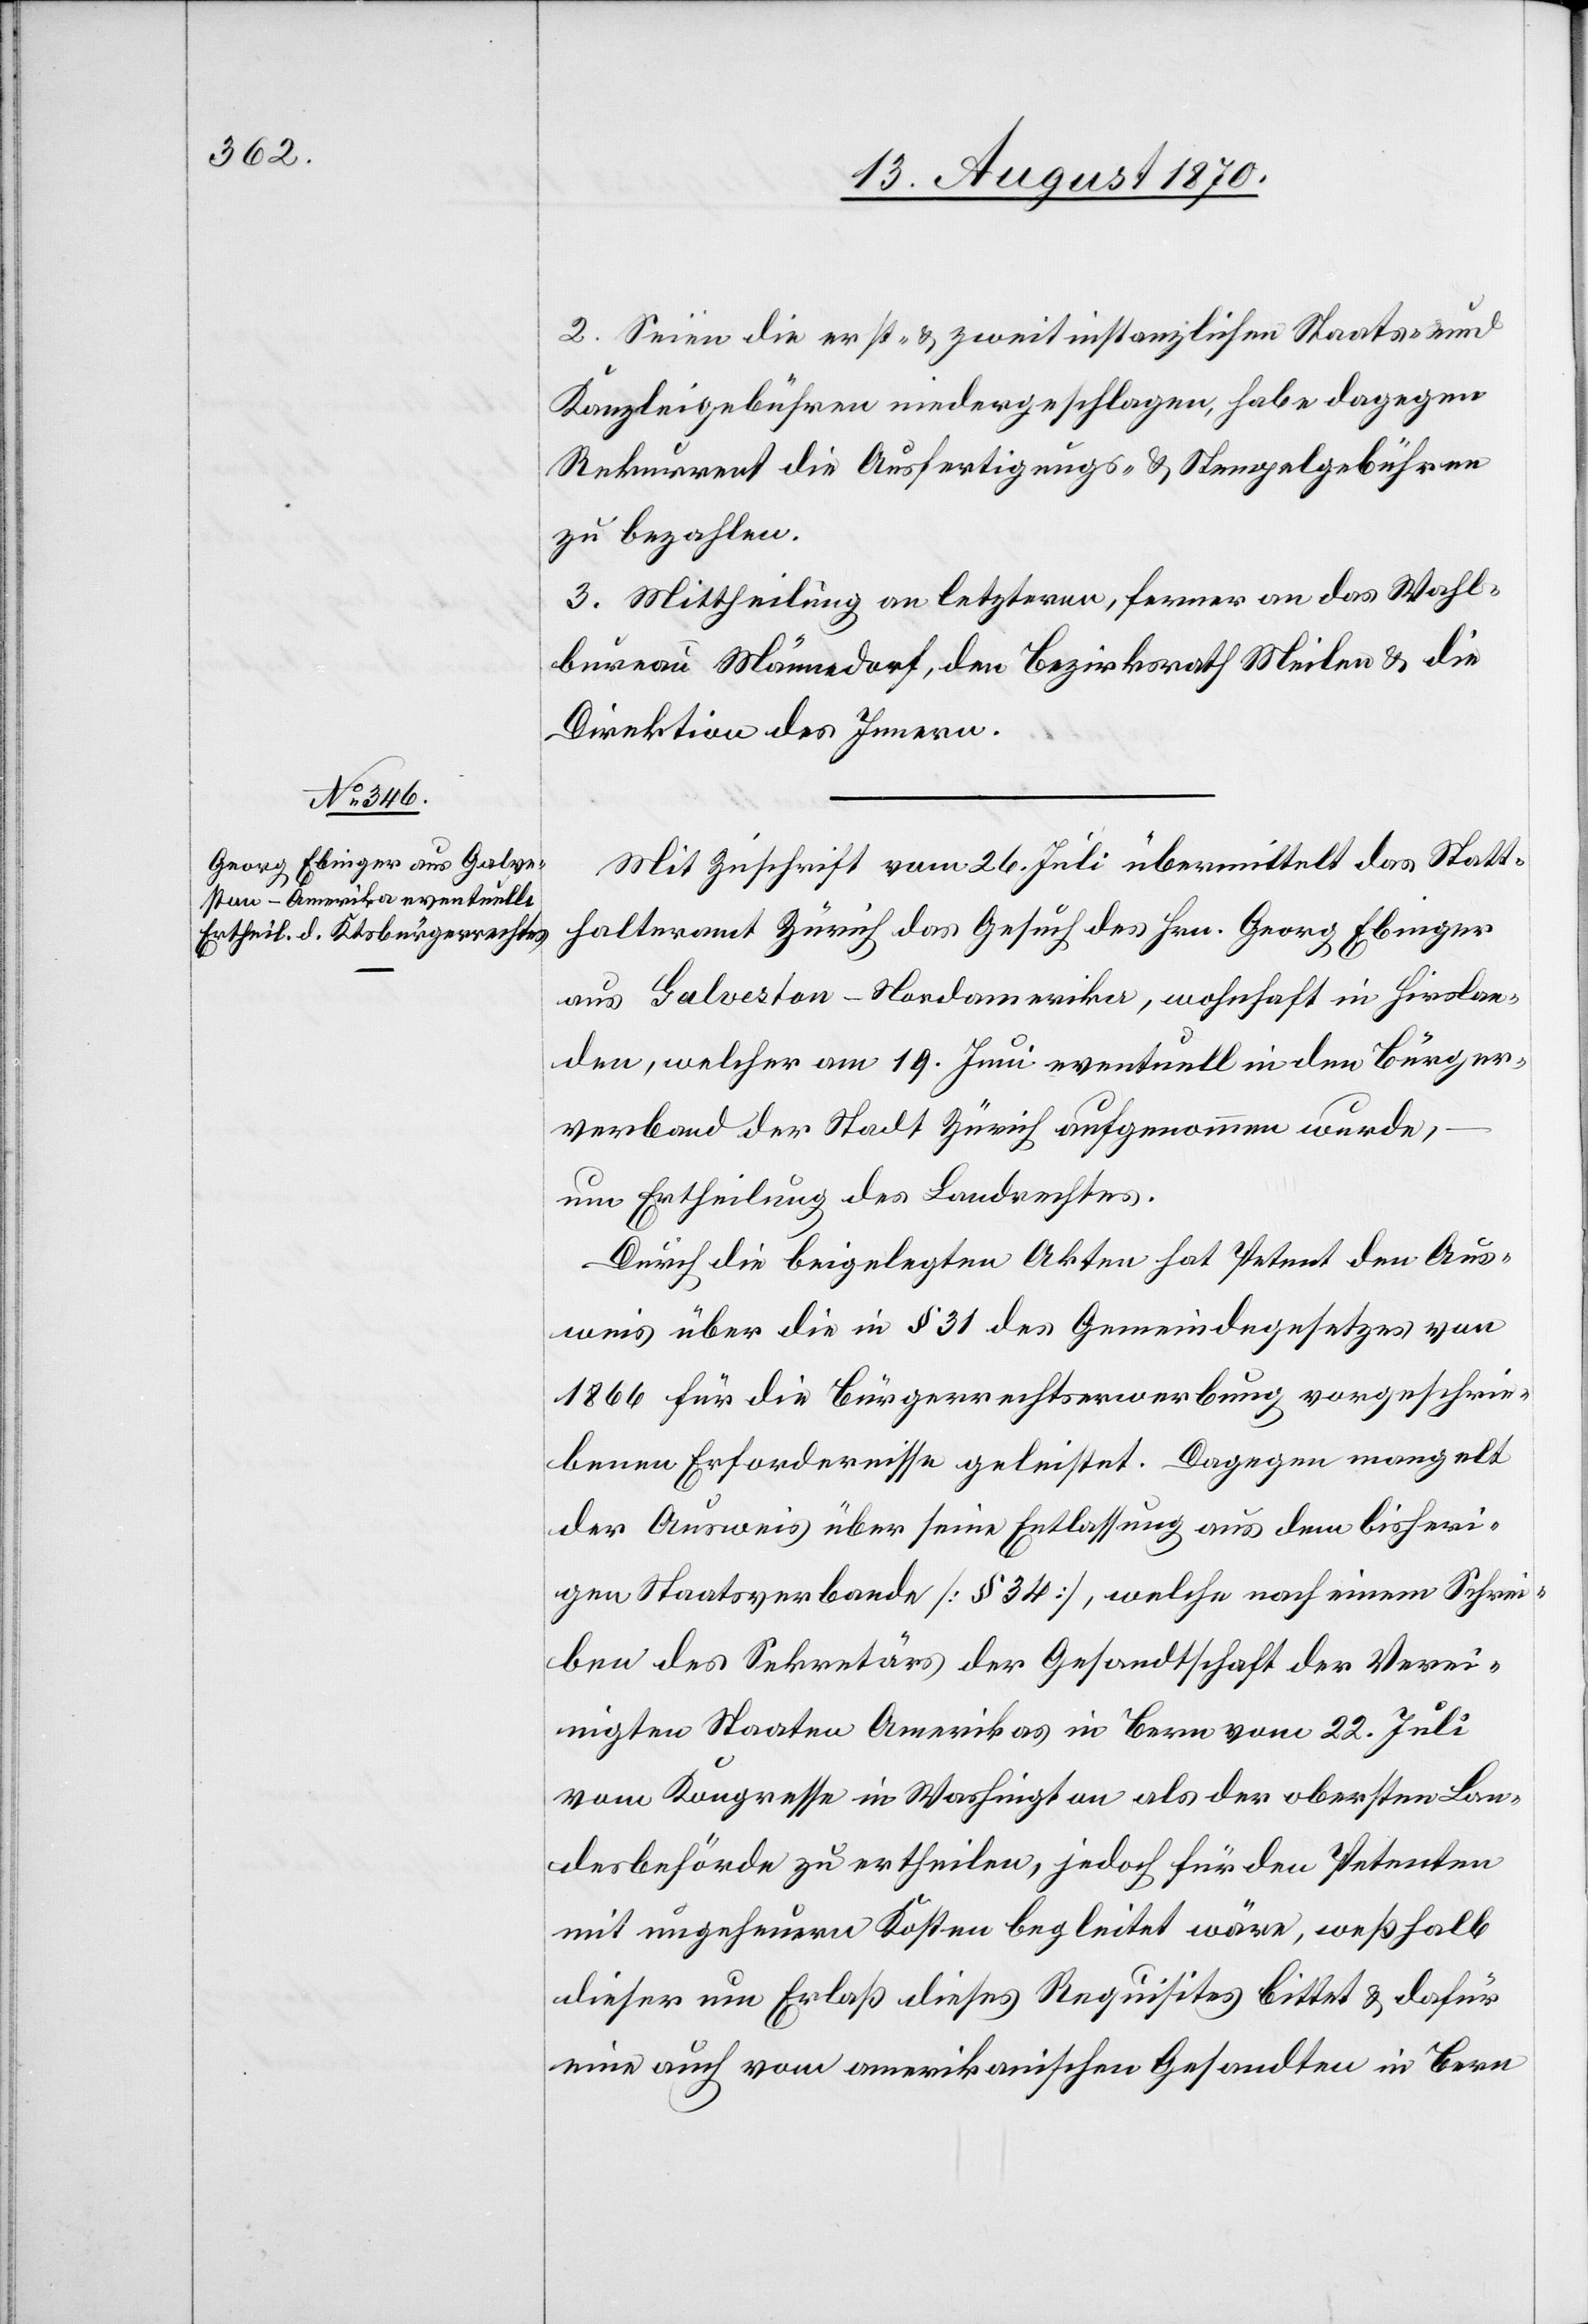
2. Seien die erst- & zweitinstanzlichen Staats- und
Kanzleigebühren niedergeschlagen, habe dagegen
Rekurrent die Ausfertigungs- & Stempelgebühren
zu bezahlen.
3. Mittheilung an letzteren, ferner an das Wahl¬
bureau Männedorf, den Bezirksrath Meilen & die
Direktion des Innern.